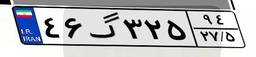
۳۹گ۳۱۰۳۰